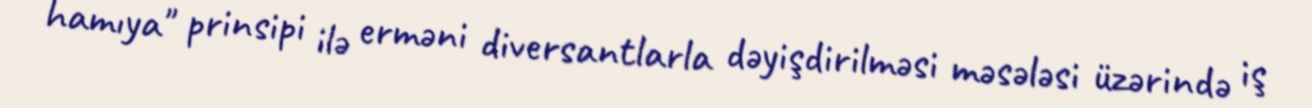
hamıya" prinsipi ilə erməni diversantlarla dəyişdirilməsi məsələsi üzərində iş